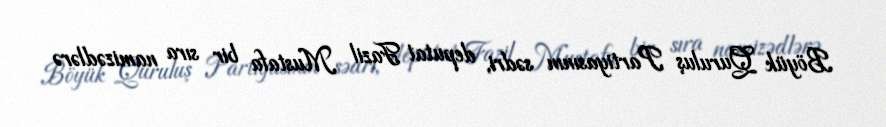
Böyük Quruluş Partiyasının sədri, deputat Fazil Mustafa bir sıra namizədlərə